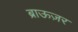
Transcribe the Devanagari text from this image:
ब्राऊज़र